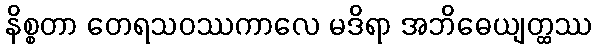
နိစ္စတာ တေရသဝဿကာလေ မဒိရာ အဘိဓေယျတ္ထဿ